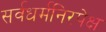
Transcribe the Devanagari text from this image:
सर्वधर्मनिरपेक्ष